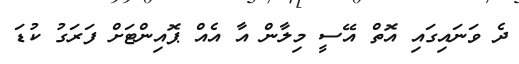
ދެ ވަނައިގައި އޮތް އޭސީ މިލާން އާ އެއް ޕޮއިންޓަށް ފަރަގު ކުޑަ